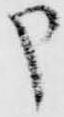
申